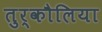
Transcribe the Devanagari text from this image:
तुर्कौलिया